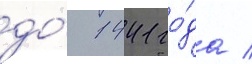
до́ 1441 го́да /